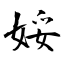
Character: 娞